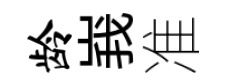
龄峩准